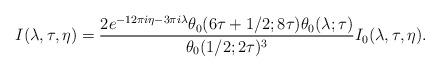
LaTeX: \begin{align*} I(\lambda, \tau, \eta) = \frac{2e^{-12\pi i \eta - 3\pi i \lambda} \theta_0(6\tau + 1/2;8\tau) \theta_0(\lambda; \tau)}{\theta_0(1/2; 2\tau)^3} I_0(\lambda, \tau, \eta).\end{align*}